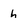
Character: h